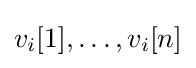
v_{i}[1],\dots ,v_{i}[n]